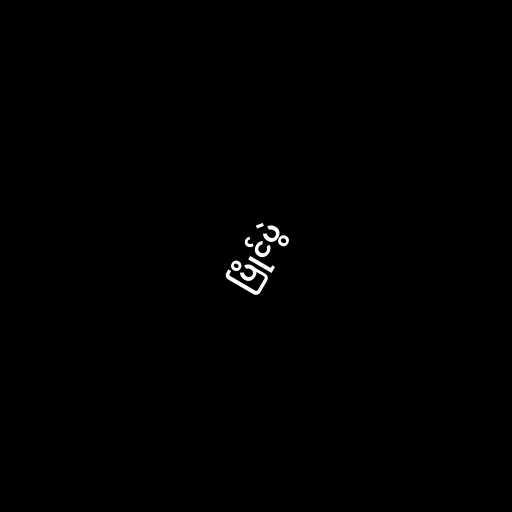
ပြိုင်ပွဲ